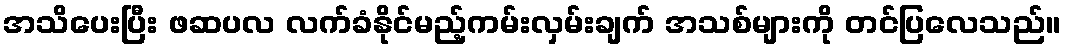
အသိပေးပြီး ဖဆပလ လက်ခံနိုင်မည့်ကမ်းလှမ်းချက် အသစ်များကို တင်ပြလေသည်။